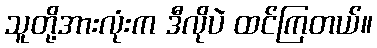
သူတို့အားလုံးက ဒီလိုပဲ ထင်ကြတယ်။